Indian journal of veterinary science and animal husbandry - Volume 4,
Year: 1934
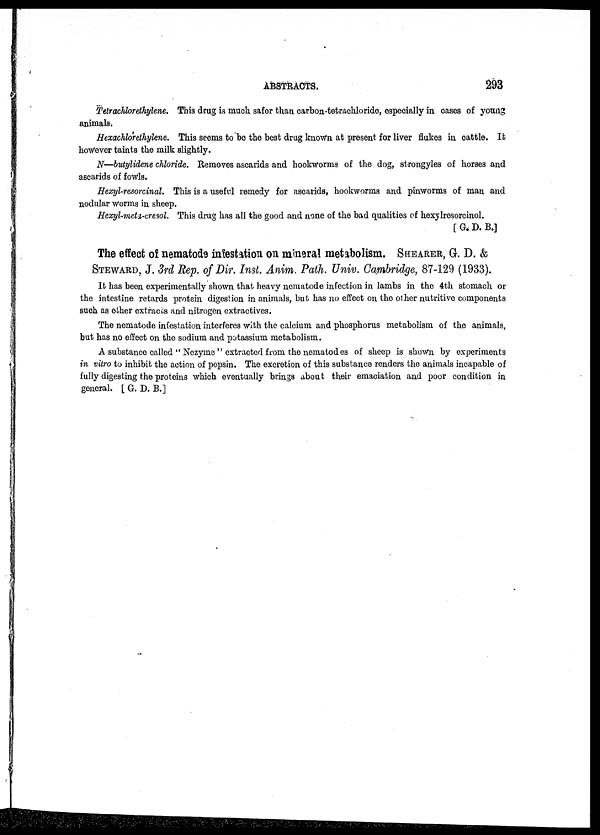
ABSTRACTS.
293
Tetrachlorethylene. This drug is much safer than carbon-tetrachloride, especially in cases of young
animals.
Hexachlorethylene. This seems to be the best drug known at present for liver flukes in cattle. It
however taints the milk slightly.
N—butylidene chloride. Removes ascarids and hookworms of the dog, strongyles of horses and
ascarids of fowls.
Hexyl-resorcinal. This is a useful remedy for ascarids, hookworms and pinworms of man and
nodular worms in sheep.
Hexyl-meta-cresol. This drug has all the good and none of the bad qualities of hexylresorcinol.
[ G. D. B.]
The effect of nematode infestation on mineral metabolism. SHEARER, G. D. &
STEWARD, J. 3rd Rep. of Dir. Inst. Anim. Path. Univ. Cambridge, 87-129 (1933).
It has been experimentally shown that heavy nematode infection in lambs in the 4th stomach or
the intestine retards protein digestion in animals, but has no effect on the other nutritive components
such as ether extracts and nitrogen extractives.
The nematode infestation interferes with the calcium and phosphorus metabolism of the animals,
but has no effect on the sodium and potassium metabolism.
A substance called " Nezyme" extracted from the nematodes of sheep is shown by experiments
in vitro to inhibit the action of pepsin. The excretion of this substance renders the animals incapable of
fully digesting the proteins which eventually brings about their emaciation and poor condition in
general. [ G. D. B.]